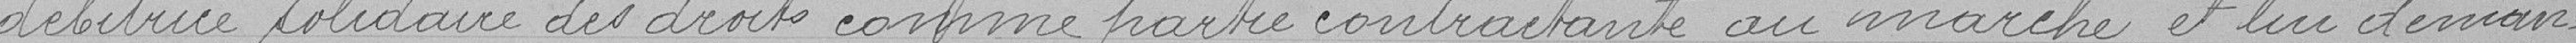
débitrice solidaire des droits comme partie contractante au marché, et lui deman=